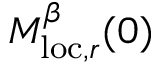
M _ { \mathrm { l o c } , r } ^ { \beta } ( 0 )